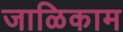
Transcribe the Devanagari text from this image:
जाळिकाम